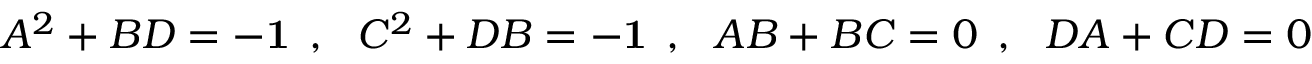
A ^ { 2 } + B D = - { \bf { 1 } } \: \: , \: \: \: C ^ { 2 } + D B = - { \bf { 1 } } \: \: , \: \: \: A B + B C = 0 \: \: , \: \: \: D A + C D = 0